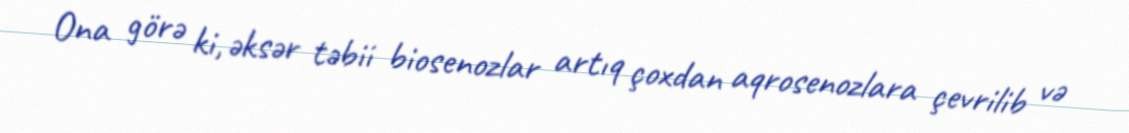
Ona görə ki, əksər təbii biosenozlar artıq çoxdan aqrosenozlara çevrilib və